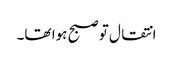
انتقال تو صبح ہوا تھا۔